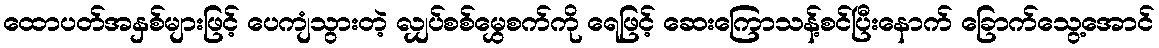
ထောပတ်အနှစ်များဖြင့် ပေကျံသွားတဲ့ လျှပ်စစ်မွှေစက်ကို ရေဖြင့် ဆေးကြောသန့်စင်ပြီးနောက် ခြောက်သွေ့အောင်